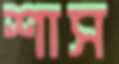
শাস